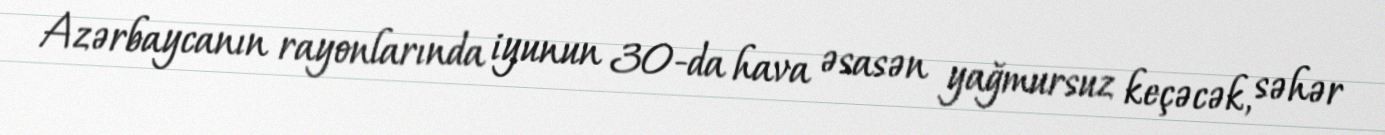
Azərbaycanın rayonlarında iyunun 30-da hava əsasən yağmursuz keçəcək, səhər